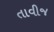
તાવીજ